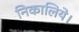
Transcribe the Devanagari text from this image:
निकालिये।